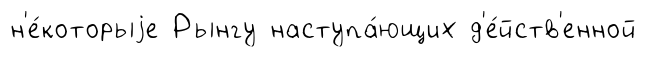
н'е́которыjе Рынгу наступа́ющих д'е́йств'енной